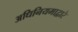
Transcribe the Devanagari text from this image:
अधिनियमाद्वारे